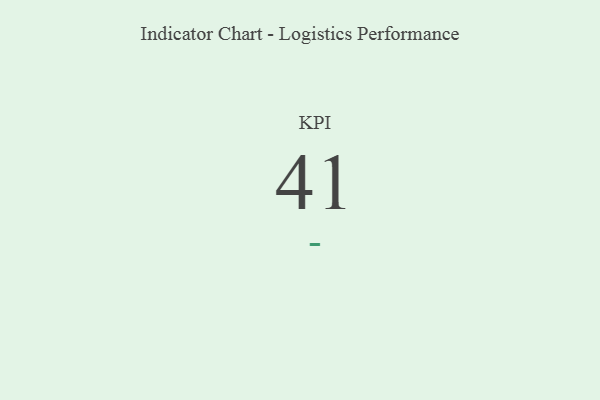
{"axis": {"x": "KPI", "y": "Value"}, "legend": [""], "data": [{"x": "KPI", "y": 41, "type": ""}]}